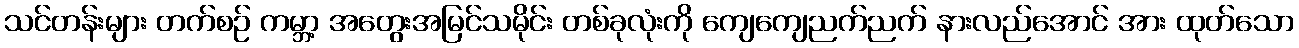
သင်တန်းများ တက်စဉ် ကမ္ဘာ့ အတွေးအမြင်သမိုင်း တစ်ခုလုံးကို ကျေကျေညက်ညက် နားလည်အောင် အား ထုတ်သော